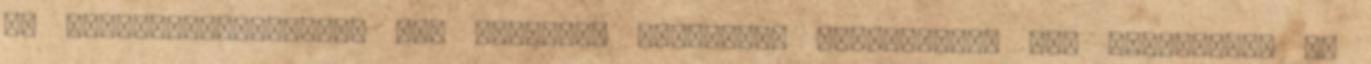
és alkoholfogyasztása is. Ilyenkor állandóan kötekedett, sőt verekedett is